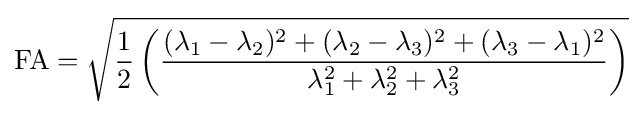
{\text{FA}}={\sqrt {{\frac {1}{2}}\left({\frac {(\lambda _{1}-\lambda _{2})^{2}+(\lambda _{2}-\lambda _{3})^{2}+(\lambda _{3}-\lambda _{1})^{2}}{\lambda _{1}^{2}+\lambda _{2}^{2}+\lambda _{3}^{2}}}\right)}}